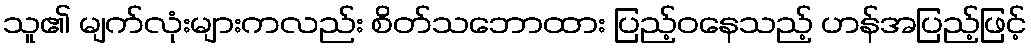
သူ၏ မျက်လုံးများကလည်း စိတ်သဘောထား ပြည့်ဝနေသည့် ဟန်အပြည့်ဖြင့်